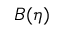
B ( \eta )